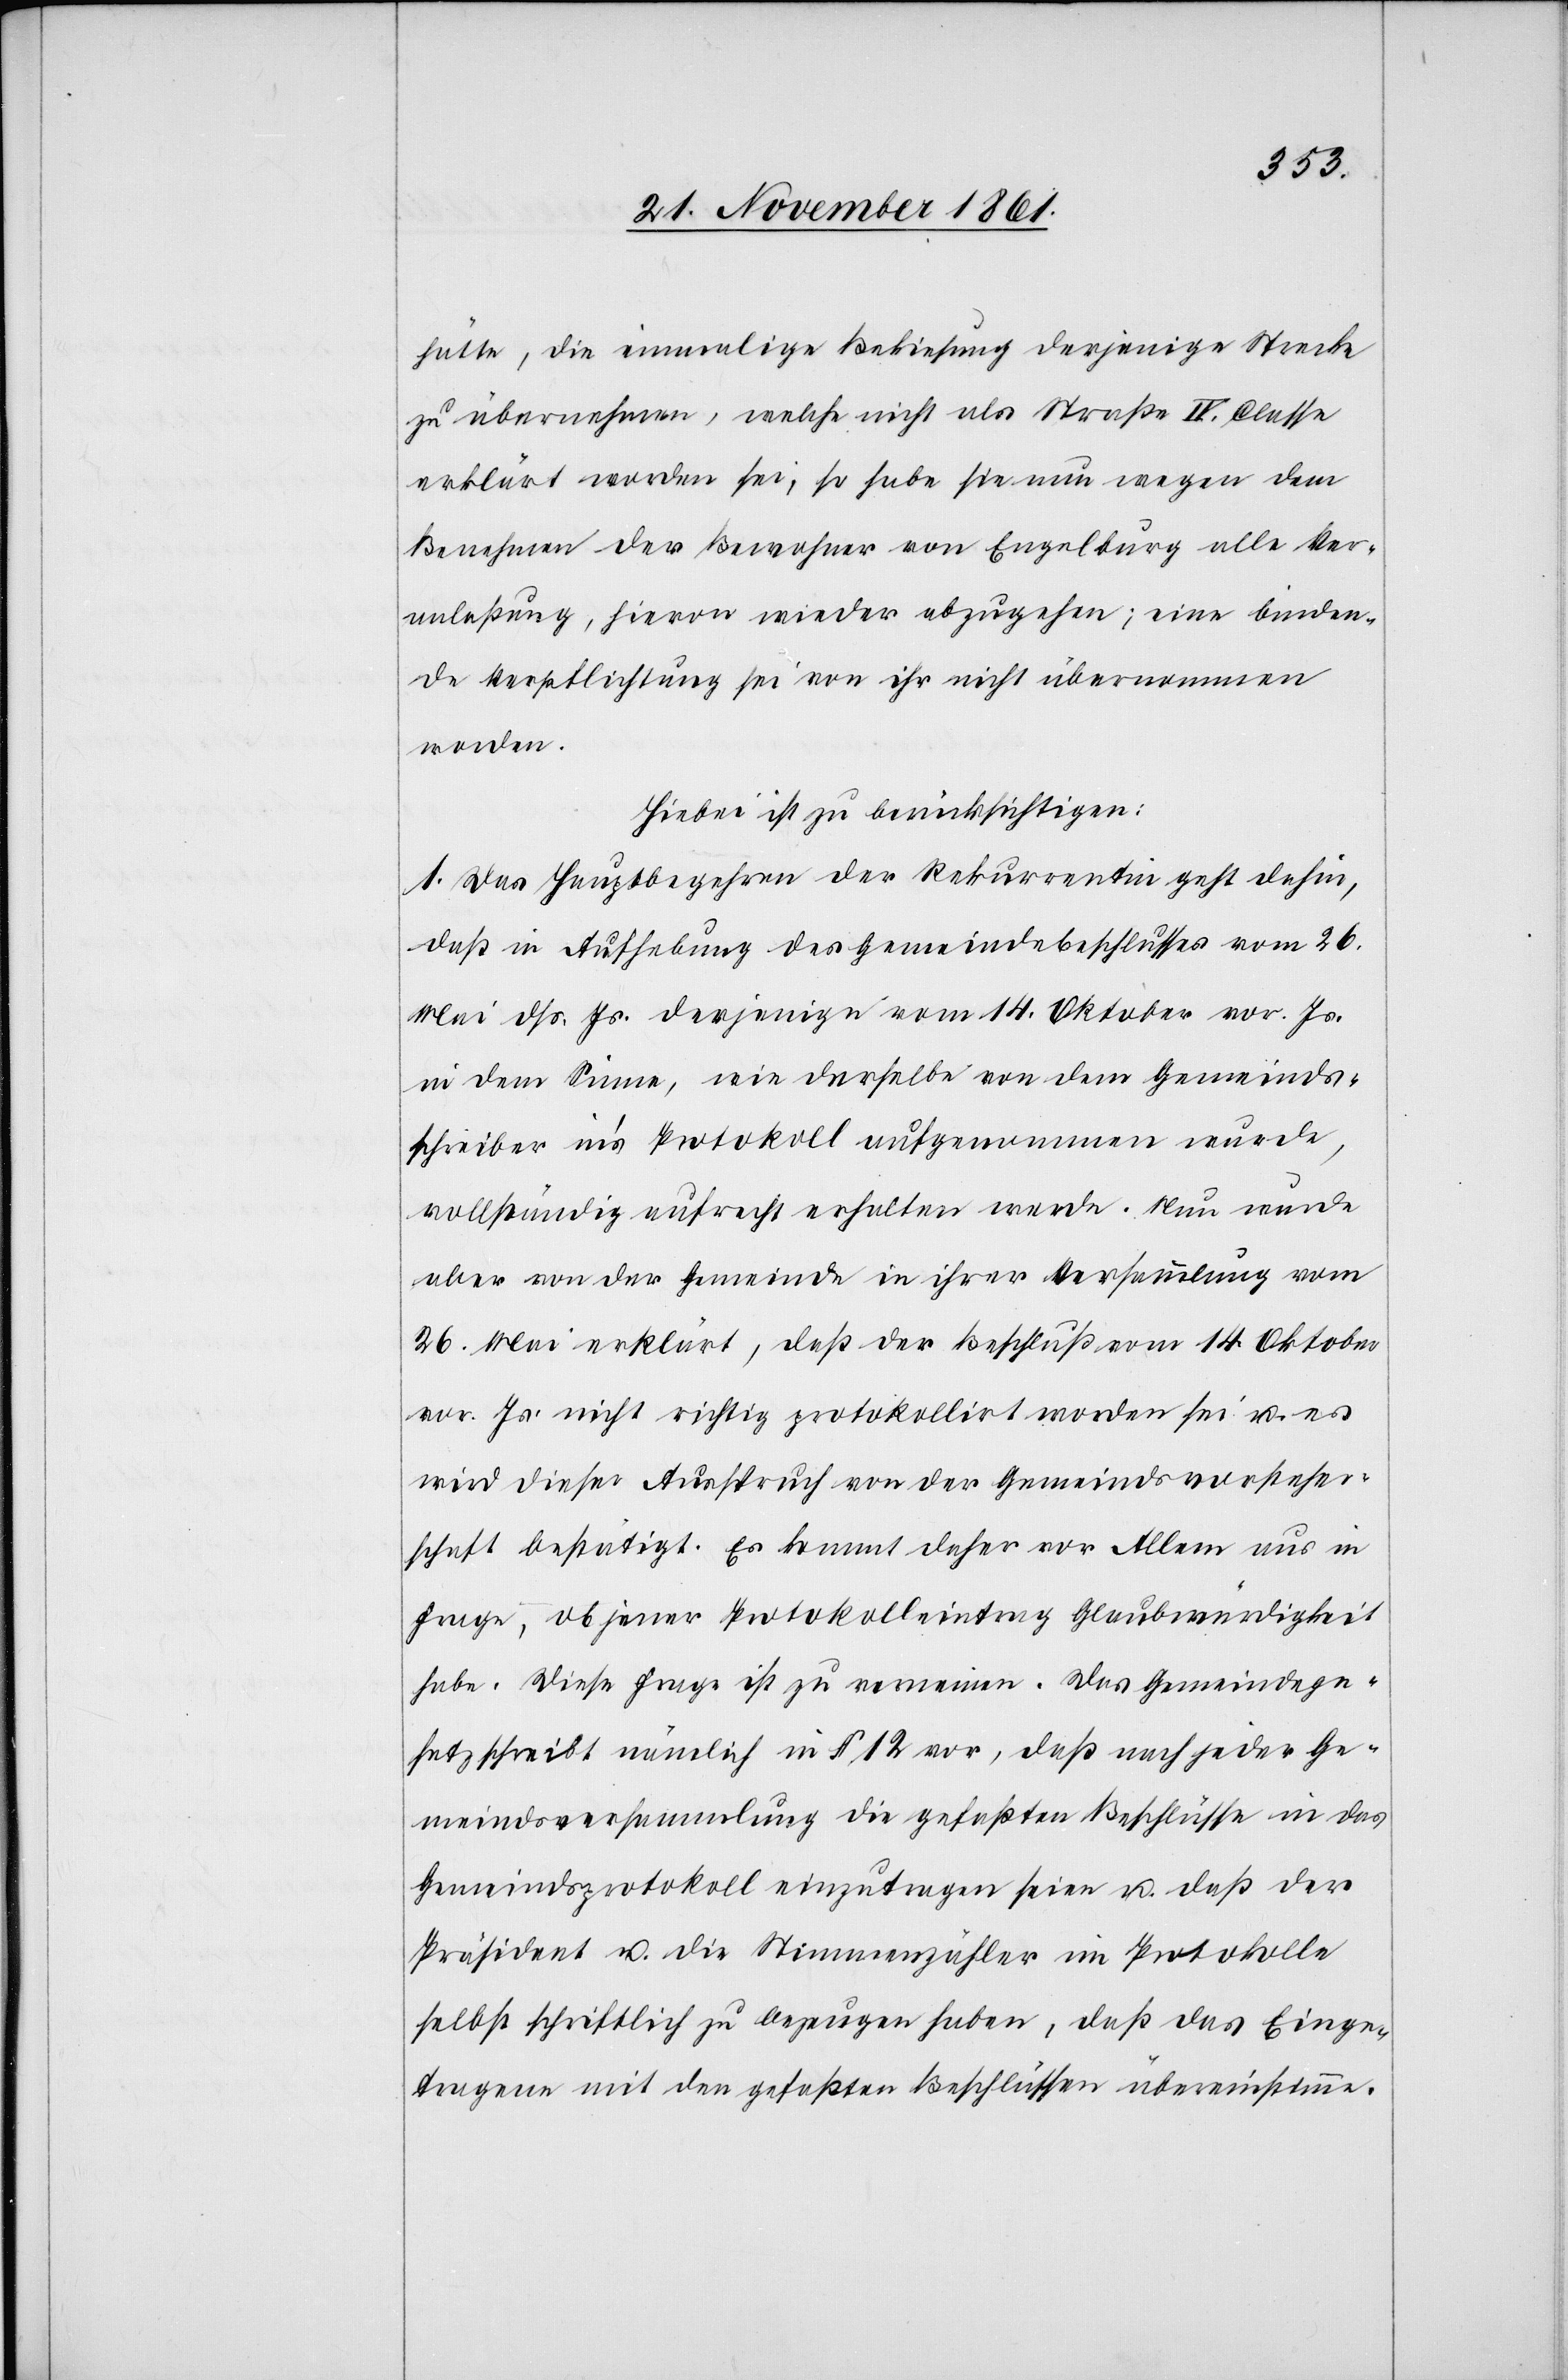
hätte, die einmalige Bekiesung derjenige[n] Strecke
zu übernehmen, welche nicht als Straße IV. Classe
erklärt worden sei, so habe sie nun wegen dem
Benehmen der Bewohner von Engelberg alle Ver¬
anlaßung, hievon wieder abzugehen; eine binden¬
de Verpflichtung sei von ihr nicht übernommen
worden.
Hiebei ist zu berücksichtigen:
1. Das Hauptbegehren der Rekurrentin geht dahin,
daß in Aufhebung des Gemeindebeschlusses vom 26
Mai dß. Js. derjenige vom 14 Oktober vor. Js.
in dem Sinne, wie derselbe von dem Gemeinds¬
schreiber in’s Protokoll aufgenommen wurde,
vollständig aufrecht erhalten werde. Nun wurde
aber von der Gemeinde in ihrer Versammlung vom
26 Mai erklärt, daß der Beschluß vom 14 Oktober
vor. Js. nicht richtig protokollirt worden sei u. es
wird dieser Anspruch von der Gemeindsvorsteher¬
schaft bestätigt. Es kommt daher vor Allem aus in
Frage, ob jener Protokolleintrag Glaubwürdigkeit
habe. Diese Frage ist zu verneinen. Das Gemeindege¬
setz schreibt nämlich in § 12 vor, daß nach jeder Ge¬
meindsversammlung die gefaßten Beschlüsse in das
Gemeindsprotokoll einzutragen seien u. daß der
Präsident u. die Stimmenzähler im Protokolle
selbst schriftlich zu bezeugen haben, daß das Einge¬
tragene mit den gefaßten Beschlüssen übereinstimme.